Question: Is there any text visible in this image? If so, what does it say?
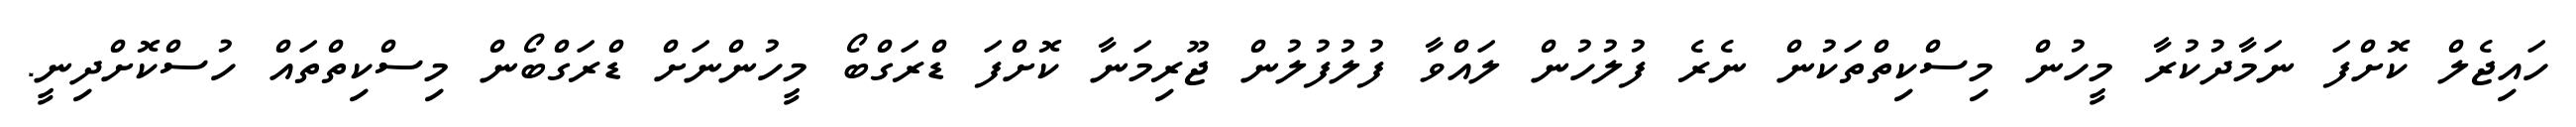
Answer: ހައިޖެލް ކޮށްފަ ނަމާދުކުރާ މީހުން މިސްކިތްތަކުން ނެރެ ފުލުހުން ލައްވާ ފުލުފުލުން ޖޫރިމަނާ ކޮށްފަ ޑްރަގްބޯ މީހުންނަށް ޑްރަގްބޯން މިސްކިތްތައް ހުސްކޮށްދިނީ.